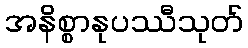
အနိစ္စာနုပဿီသုတ်